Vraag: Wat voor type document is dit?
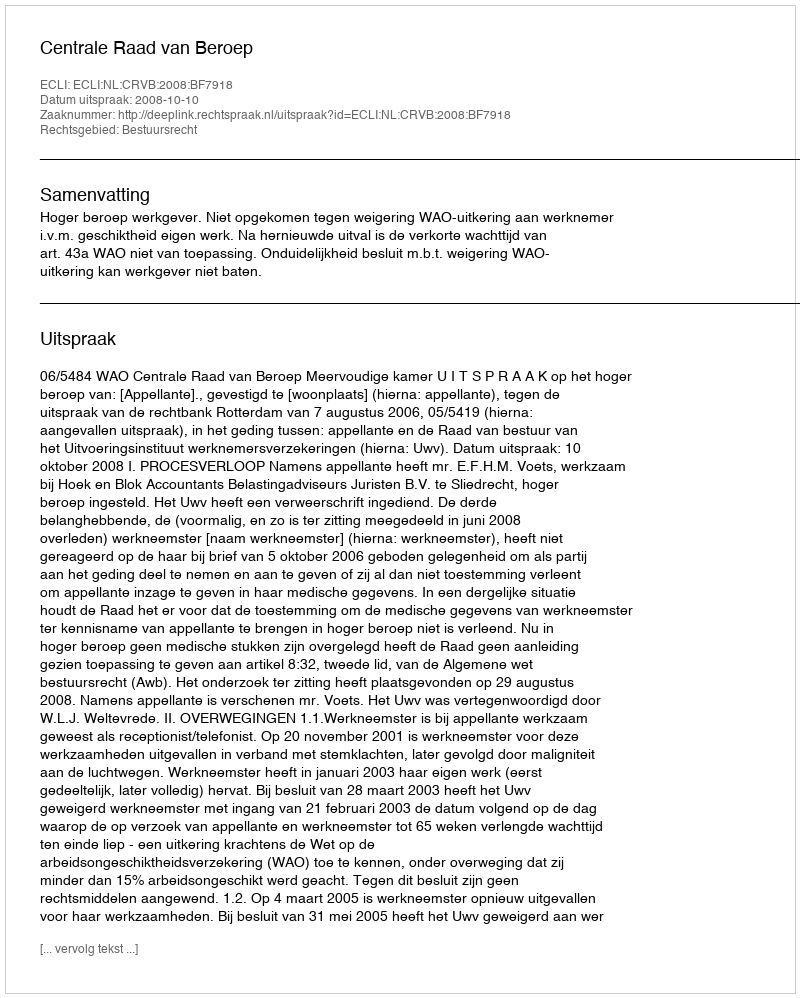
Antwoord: Uitspraak